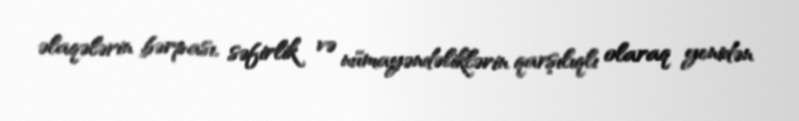
əlaqələrin bərpası, səfirlik və nümayəndəliklərin qarşılıqlı olaraq yenidən